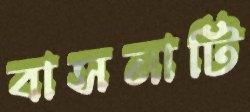
বাসনাটি